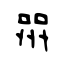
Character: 喌